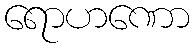
ရောဟဏော